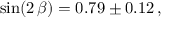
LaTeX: \sin ( 2 \, \beta ) = 0 . 7 9 \pm 0 . 1 2 \, , \quad